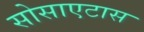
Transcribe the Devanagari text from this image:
सोसाएटास